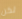
لكن